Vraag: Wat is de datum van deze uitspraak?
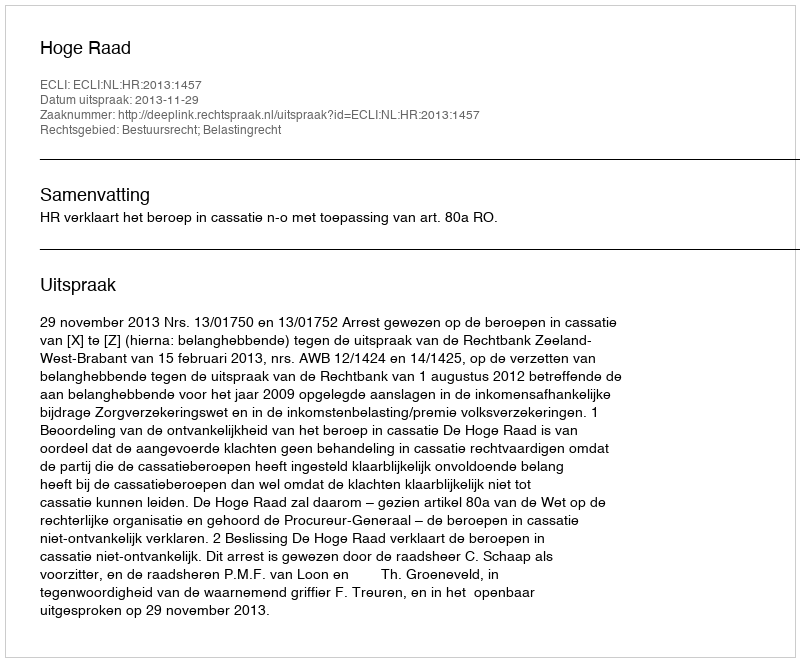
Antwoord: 2013-11-29